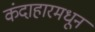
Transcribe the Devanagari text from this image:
कंदाहारमधून